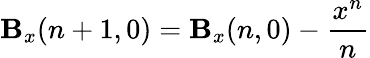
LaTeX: \mathbf{B}_{x}(n+1,0)=\mathbf{B}_{x}(n,0)-\frac{{x^{n}}}{{n}}